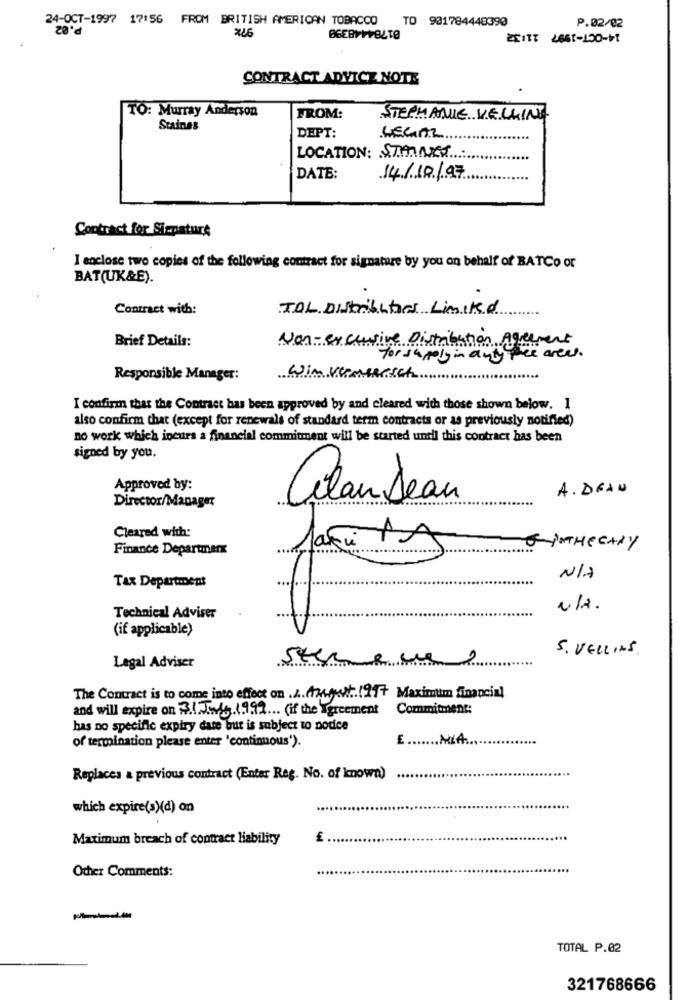
24-OCT-1997 17:56 FROM BRITISH AMERICAN TOBACCO TO 901784448390
X26
P.02/02
14-OCT-1997 11:32
BEERPPFBLTO
CONTRACT ADVICE NOTE
TO: Murray Anderson
FROM:
STEPHANIE VELKING
Stainas
DEPT:
LEGAZ
LOCATION: STAINES
DATE:
14/10/97
Contract for Sicpaturs
I enclose two copies of the following contract for signature by you on behalf of BATCo or
BAT(UK&E).
Contract with:
TAL Distributors Limited
Brief Details:
Non-exclusive Distribution Agreement
for supply in any pee areas .
Responsible Manager:
Win
I confirm that the Contract has been approved by and cleared with those shown below. 1
also confirm that (except for renewals of standard term contracts or as previously notified)
no work which incurs a financial commitment will be started until this contract has been
signed by you.
Approved by:
A. DEAN
Director/Manager
Clan Jean
Cleared with:
Finance Departnerx
SINTHECARY
Tax Department
I
Technical Adviser
(if applicable)
5. VELLING .
Legal Adviser
The Contract is to come into effect on . 1. August 1997 Maximum financial
and will expire on 31 July 1999 ... (if the Agreement
Commitment:
has no specific expiry date but is subject to nodice
of termination please enter 'continuous').
E .... MIA.
Replaces a previous contract (Enter Reg. No. of knowa)
which expire(s)(d) on
Maximum breach of contract liability
Other Comments:
TOTAL P.02
321768666